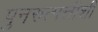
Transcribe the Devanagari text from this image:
पुनरुत्पत्तीशी